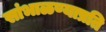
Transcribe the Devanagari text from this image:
सांभाळण्याप्रति